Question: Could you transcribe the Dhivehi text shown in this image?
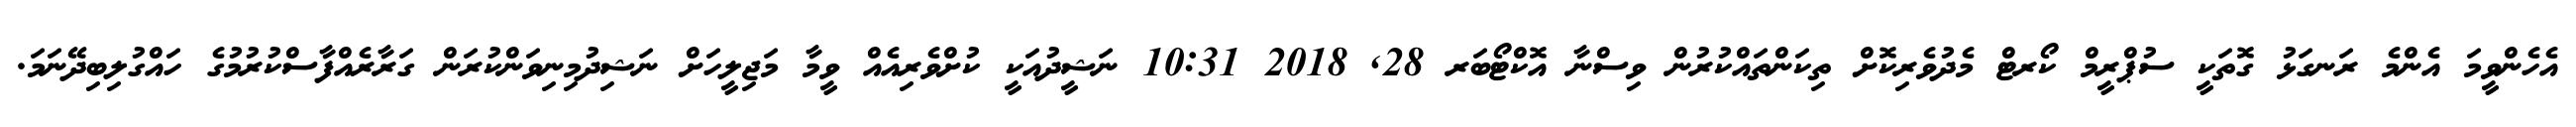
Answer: އެހެންވީމަ އެންމެ ރަނގަޅު ގޮތަކީ ސުޕްރީމް ކޯރޓް މެދުވެރިކޮށް ތިކަންތައްކުރުން ވިސްނާ އޮކްޓޯބަރ 28, 2018 10:31 ނަޝީދުއަކީ ކުށްވެރިއެއް ވީމާ މަޖިލީހަށް ނަޝިދުމިނިވަންކުރަން ގަރާރެއްފާސްކުރުމުގެ ހައްގުލިބިދޭނަމަ.